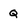
Character: q